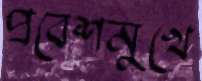
প্রবেশমুখে